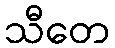
သီတေ